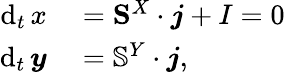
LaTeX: \begin{array}{rl}{\mathrm{d}_{t}\, x}&{{}={\mathbf S}^{X}\cdot\boldsymbol{j}+I=0}\\ {\mathrm{d}_{t}\, \boldsymbol{y}}&{{}=\mathbb{S}^{Y}\cdot\boldsymbol{j},}\end{array}